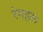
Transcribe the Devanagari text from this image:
रंगहरू